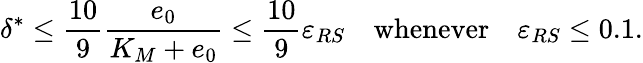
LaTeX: \delta^{*}\leq\frac{10}{9}\frac{e_{0}}{K_{M}+e_{0}}\leq\frac{10}{9}\varepsilon_{RS}\quad\mathrm{whenever}\quad\varepsilon_{RS}\leq 0.1.